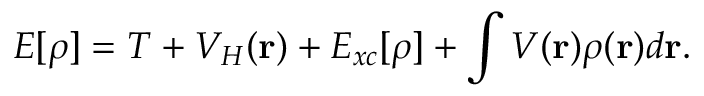
E [ \rho ] = T + V _ { H } ( \mathbf { r } ) + E _ { x c } [ \rho ] + \int V ( \mathbf { r } ) \rho ( \mathbf { r } ) d \mathbf { r } .